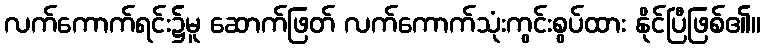
လက်ကောက်ရင်း၌မူ ဆောက်ဖြတ် လက်ကောက်သုံးကွင်းစွပ်ထား နိုင်ပြီဖြစ်၏။